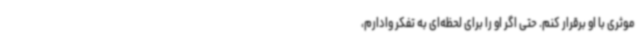
موثری با او برقرار کنم. حتی اگر او را برای لحظه‌ای به تفکر وادارم،